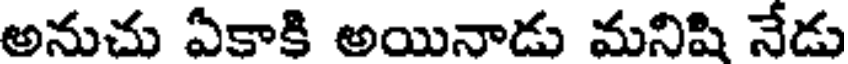
అనుచు ఏకాకి అయినాడు మనిషి నేడు